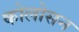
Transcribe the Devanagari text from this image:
कोलोसन